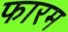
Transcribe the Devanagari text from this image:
फारम